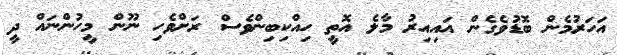
އަހަރުމެން ބޮޑުވެގެން އައިއިރު މާލެ އޮތީ ހިއްކިބިންވެސް ރަށްވެހި ނޫން މީހުންނައް ދީ